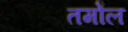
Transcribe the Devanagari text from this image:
तमोल